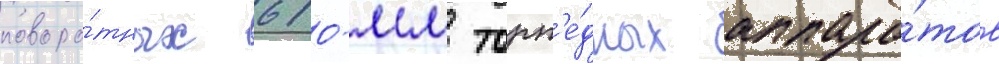
поворо́тных 610-мм торп'е́дных аппара́тов